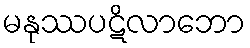
မနုဿပဋိလာဘော